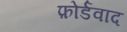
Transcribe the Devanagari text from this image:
फ़ोर्डवाद